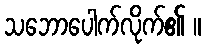
သဘောပေါက်လိုက်၏ ။